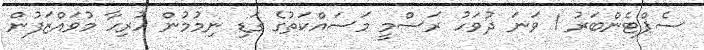
ސެޕްޓެންބަރު 1 ވަނަ ދުވަހު ރަސްމީ މަސައްކަތުގެ ގަޑި ނިމުމުން ހުރިހާ މުވައްޒަފުން